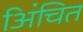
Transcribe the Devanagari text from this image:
अिंचित